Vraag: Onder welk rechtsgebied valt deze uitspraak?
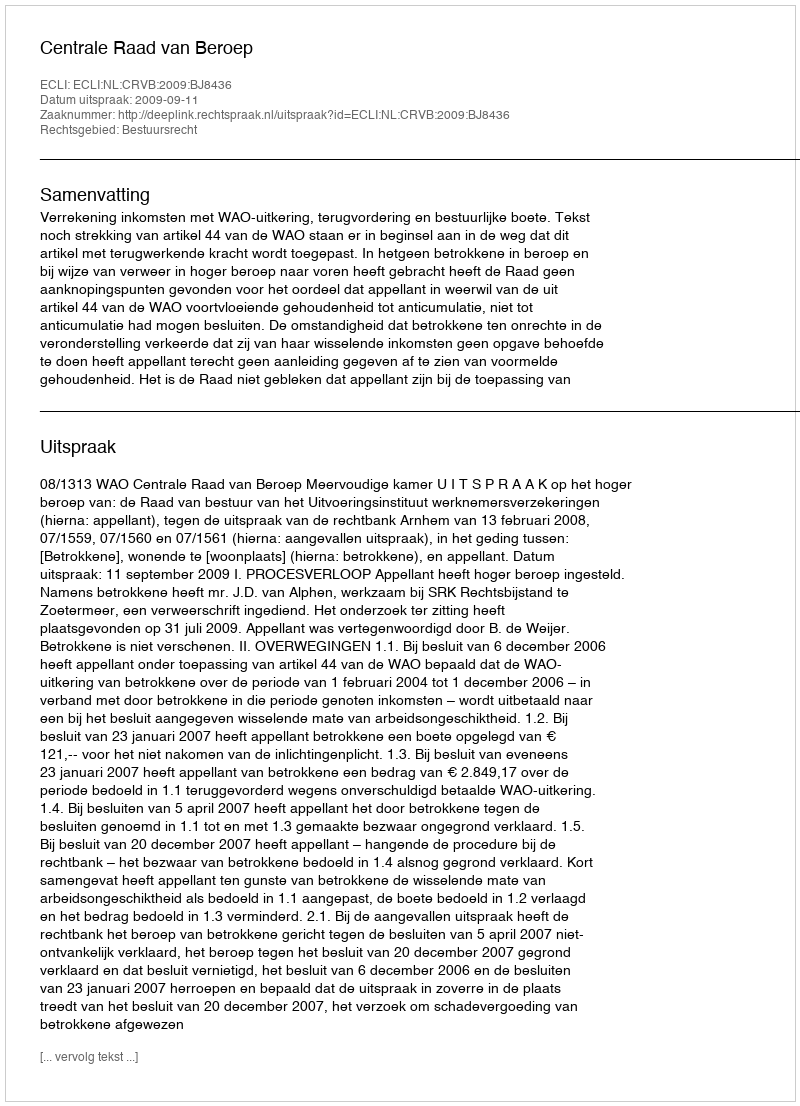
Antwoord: Bestuursrecht